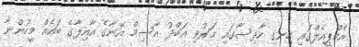
އެމްޕީއެލްގައި ހިނގި ހާދިސާގައި މަރުވި އަބްދު އާސިމް އޭނާގެ އާއިލާގެ ބައެއް މީހުންނާ